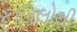
દલિલોથી